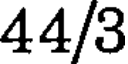
44/3